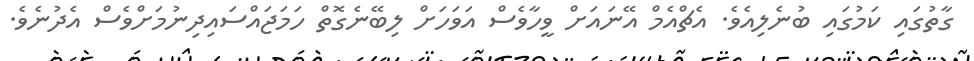
ގާތުގައި ކަމުގައި ބުނެލިއެވެ. އެޗްއެމް އޭނައަށް ވީހާވެސް އަވަހަށް ލިބޭނެގޮތް ހަމަޖައްސައިދިނުމަށްވެސް އެދުނެވެ.